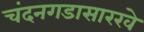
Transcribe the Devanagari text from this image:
चंदनगडासारखे